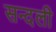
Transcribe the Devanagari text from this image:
सन्दली